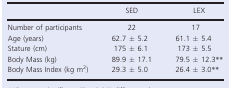
<table><thead><tr><td></td><td><b>SED</b></td><td><b>LEX</b></td></tr></thead><tbody><tr><td>Number of participants</td><td>22</td><td>17</td></tr><tr><td>Age (years)</td><td>62.7 ± 5.2</td><td>61.1 ± 5.4</td></tr><tr><td>Stature (cm)</td><td>175 ± 6.1</td><td>173 ± 5.5</td></tr><tr><td>Body Mass (kg)</td><td>89.9 ± 17.1</td><td>79.5 ± 12.3**</td></tr><tr><td>Body Mass Index (kg m<sup>2</sup>)</td><td>29.3 ± 5.0</td><td>26.4 ± 3.0**</td></tr></tbody></table>